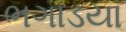
ભગાડયા